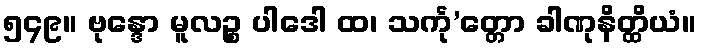
၅၄၉။ ဗုန္ဒော မူလဉ္စ ပါဒေါ ထ၊ သင်္ကု’တ္တော ခါဏုနိတ္ထိယံ။